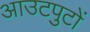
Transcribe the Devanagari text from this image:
आउटपुटों